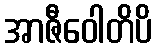
အာဇီဝေါတိပိ